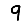
Digit: 9